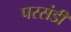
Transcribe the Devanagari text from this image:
परसंडी